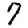
Digit: 7